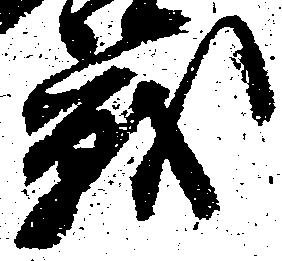
戦